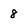
Character: 8